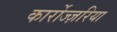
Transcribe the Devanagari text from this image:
कार्रोज्ज़रिया